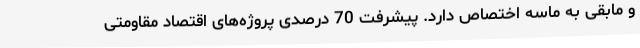
و مابقی به ماسه اختصاص دارد. پیشرفت 70 درصدی پروژه‌های اقتصاد مقاومتی